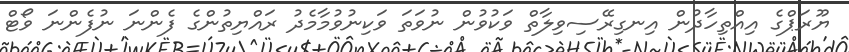
ޔޫރަޕްގެ އިއްތިހާދުން އިނގިރޭސިވިލާތް ވަކުވުން ނުވަތަ ވަކިނުވުމާމެދު ރައްޔިތުންގެ ފެންނަ ނުފެންނަ ވޯޓް